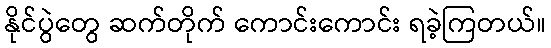
နိုင်ပွဲတွေ ဆက်တိုက် ကောင်းကောင်း ရခဲ့ကြတယ်။